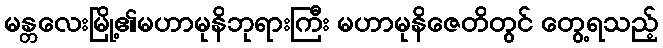
မန္တလေးမြို့၏မဟာမုနိဘုရားကြီး မဟာမုနိဇေတိတွင် တွေ့ရသည့်